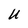
Character: U